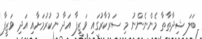
ބަލަ ޝިދާތާތާ މެންނެންނު މި ސަރުކާރުގައި ވަޒީފާ އަދާ ނުކުރުމަށާއި އަދި ވަޒީފާ